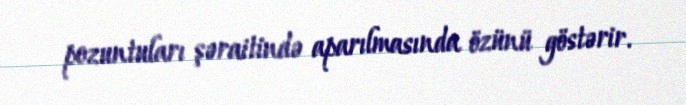
pozuntuları şəraitində aparılmasında özünü göstərir.